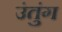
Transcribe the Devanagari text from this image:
उंतुंग